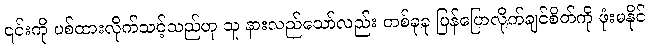
၎င်းကို ပစ်ထားလိုက်သင့်သည်ဟု သူ နားလည်သော်လည်း တစ်ခုခု ပြန်ပြောလိုက်ချင်စိတ်ကို ဖုံးမနိုင်